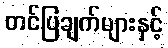
တင်ပြချက်များနှင့်